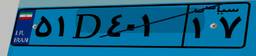
۵۱D۴۰۱۱۷